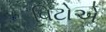
વિટોએ